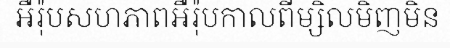
អឺរ៉ុបសហភាពអឺរ៉ុបកាលពីម្សិលមិញមិន